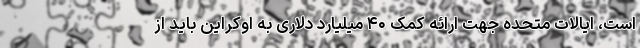
است، ایالات متحده جهت ارائه کمک ۴۰ میلیارد دلاری به اوکراین باید از